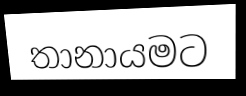
තානායමට